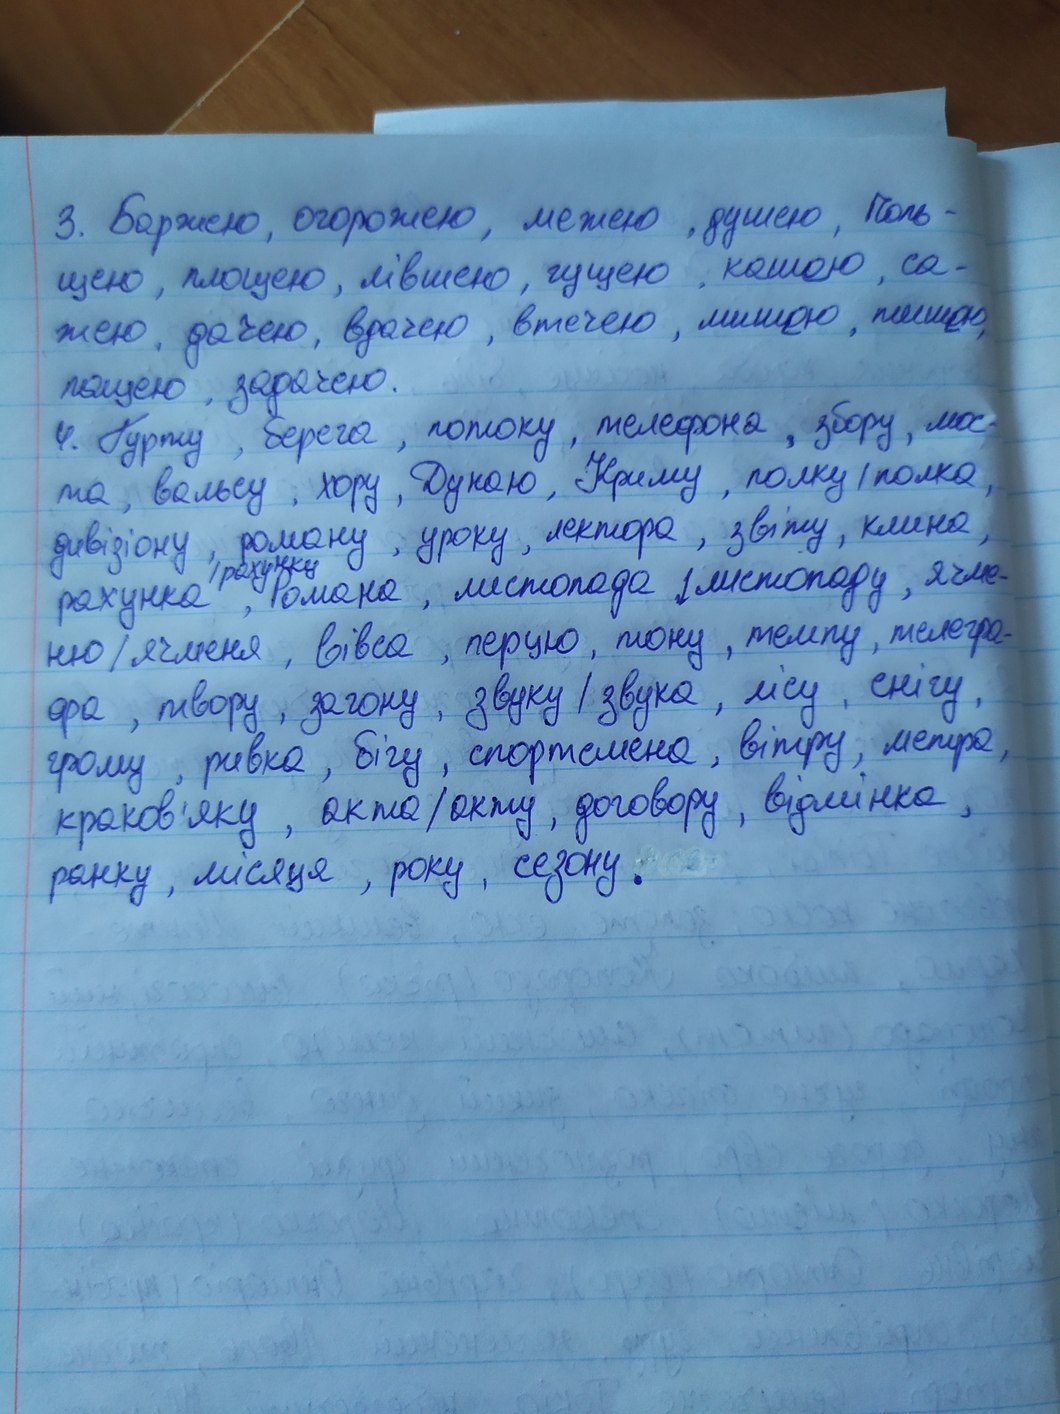
3. Баржею, огорожею, межею, душею, Поль -
щею, площею, лівшею, гущею, кашею,  са-
жею, дачею, врачею, втечею, мишею, пишею,
пащею, задачею.
4. Гурту, берега, потоку, телефона, збору, мос-
та, вальсу, хору, Дунаю, Криму, полку / полка,
дивізіону, роману, уроку, лектора, звіту, клина,
рахунка, Романа, листопада / листопаду, ячме-
ню / ячменя , вівса , перцю , тону , темпу , телегра-
фа, твору, загону, звуку / звука, лісу, снігу,
грому, ривка, бігу, спортсмена, вітру, метра,
краков'яку, акта/акту, договору, відмінка,
ранку, місяця, року, сезону.